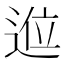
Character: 𲅛